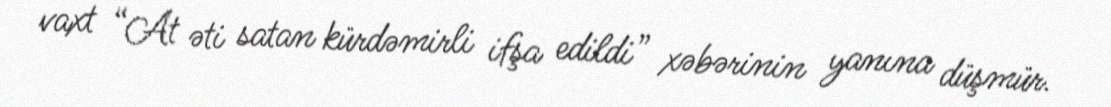
vaxt “At əti satan kürdəmirli ifşa edildi” xəbərinin yanına düşmür.